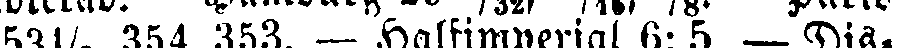
53½  354, 353. — Halfimperial 6: 5. — Dis-